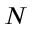
N